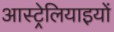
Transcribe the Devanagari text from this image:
आस्ट्रेलियाइयों